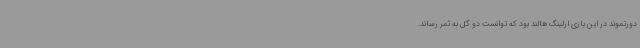
دورتموند در این بازی ارلینگ هالند بود که توانست دو گل به ثمر رساند.